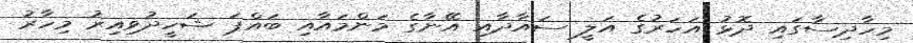
މިހާދިސާގައި ދޮޅު އަހަރުގެ އަލީ ސައާދާއި އޭނާގެ މަންމައާއި ބައްޕަ ޝަހީދުވިއިރު މިހާރު